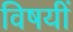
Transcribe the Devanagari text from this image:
विषयीं